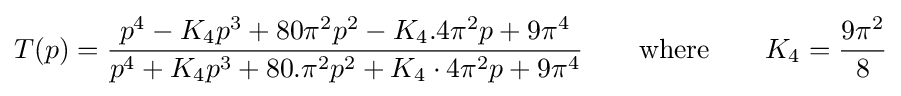
T(p)={\frac {p^{4}-K_{4}p^{3}+80\pi ^{2}p^{2}-K_{4}.4\pi ^{2}p+9\pi ^{4}}{p^{4}+K_{4}p^{3}+80.\pi ^{2}p^{2}+K_{4}\cdot 4\pi ^{2}p+9\pi ^{4}}}\qquad {\text{where}}\qquad K_{4}={\frac {9\pi ^{2}}{8}}